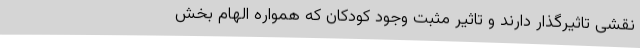
نقشی تاثیرگذار دارند و تاثیر مثبت وجود کودکان که همواره الهام بخش